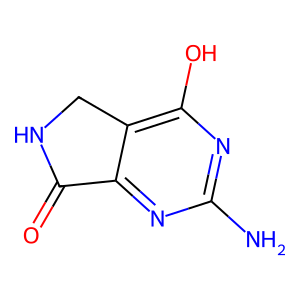
SMILES: Nc1nc(O)c2c(n1)C(=O)NC2
Inhibits HIV replication: No